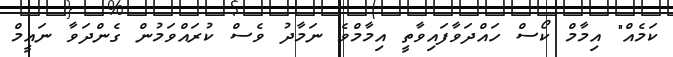
ކަމެއް" އިމާމް ކޯސް ހައްދަވާފައިވާތީ އިމާމްވެ ނަމާދު ވެސް ކުރައްވަމުން ގެންދަވާ ނައީމް